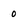
Character: 0